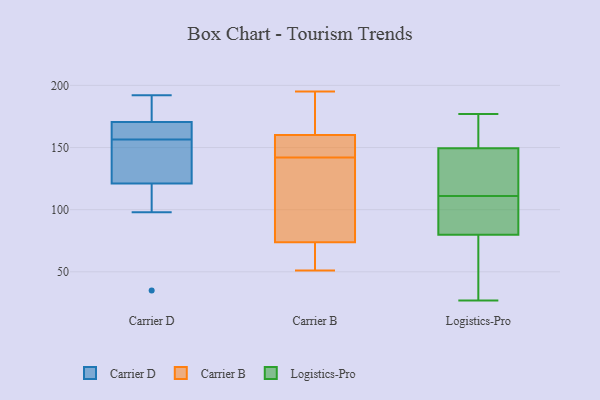
{"axis": {"x": "Headcount", "y": "Value"}, "legend": ["Carrier B", "Carrier D", "Logistics-Pro"], "data": [{"x": "", "y": 188, "type": "Carrier D"}, {"x": "", "y": 170, "type": "Carrier D"}, {"x": "", "y": 136, "type": "Carrier D"}, {"x": "", "y": 161, "type": "Carrier D"}, {"x": "", "y": 35, "type": "Carrier D"}, {"x": "", "y": 133, "type": "Carrier D"}, {"x": "", "y": 154, "type": "Carrier D"}, {"x": "", "y": 171, "type": "Carrier D"}, {"x": "", "y": 98, "type": "Carrier D"}, {"x": "", "y": 159, "type": "Carrier D"}, {"x": "", "y": 109, "type": "Carrier D"}, {"x": "", "y": 192, "type": "Carrier D"}, {"x": "", "y": 51, "type": "Carrier B"}, {"x": "", "y": 80, "type": "Carrier B"}, {"x": "", "y": 55, "type": "Carrier B"}, {"x": "", "y": 195, "type": "Carrier B"}, {"x": "", "y": 142, "type": "Carrier B"}, {"x": "", "y": 145, "type": "Carrier B"}, {"x": "", "y": 175, "type": "Carrier B"}, {"x": "", "y": 189, "type": "Carrier B"}, {"x": "", "y": 155, "type": "Carrier B"}, {"x": "", "y": 101, "type": "Carrier B"}, {"x": "", "y": 55, "type": "Carrier B"}, {"x": "", "y": 121, "type": "Carrier B"}, {"x": "", "y": 144, "type": "Carrier B"}, {"x": "", "y": 40, "type": "Logistics-Pro"}, {"x": "", "y": 27, "type": "Logistics-Pro"}, {"x": "", "y": 95, "type": "Logistics-Pro"}, {"x": "", "y": 177, "type": "Logistics-Pro"}, {"x": "", "y": 145, "type": "Logistics-Pro"}, {"x": "", "y": 113, "type": "Logistics-Pro"}, {"x": "", "y": 108, "type": "Logistics-Pro"}, {"x": "", "y": 163, "type": "Logistics-Pro"}, {"x": "", "y": 111, "type": "Logistics-Pro"}, {"x": "", "y": 138, "type": "Logistics-Pro"}, {"x": "", "y": 91, "type": "Logistics-Pro"}, {"x": "", "y": 168, "type": "Logistics-Pro"}, {"x": "", "y": 46, "type": "Logistics-Pro"}]}